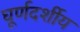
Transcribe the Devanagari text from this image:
घूर्णदर्शीय